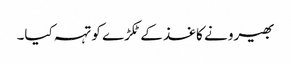
بھیرو نے کاغذ کے ٹکڑے کو تہہ کیا۔